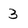
Character: 3